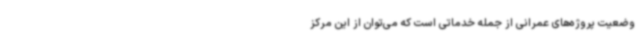
وضعیت پروژه‌های عمرانی از جمله خدماتی است که می‌توان از این مرکز